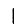
Digit: 1